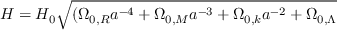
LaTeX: H = H _ { 0 } { \sqrt { ( \Omega _ { 0 , R } a ^ { - 4 } + \Omega _ { 0 , M } a ^ { - 3 } + \Omega _ { 0 , k } a ^ { - 2 } + \Omega _ { 0 , \Lambda } } }